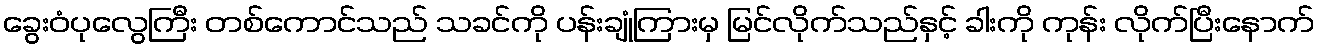
ခွေးဝံပုလွေကြီး တစ်ကောင်သည် သခင်ကို ပန်းချုံကြားမှ မြင်လိုက်သည်နှင့် ခါးကို ကုန်း လိုက်ပြီးနောက်